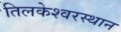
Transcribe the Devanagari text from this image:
तिलकेश्वरस्थान